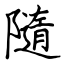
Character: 隨